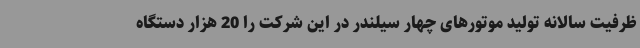
ظرفیت سالانه تولید موتورهای چهار سیلندر در این شرکت را 20 هزار دستگاه